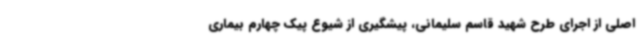
اصلی از اجرای طرح شهید قاسم سلیمانی، پیشگیری از شیوع پیک چهارم بیماری